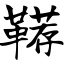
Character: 鞯